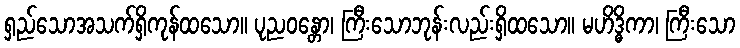
ရှည်သောအသက်ရှိကုန်ထသော။ ပုညဝန္တော၊ ကြီးသောဘုန်းလည်းရှိထသော။ မဟိဒ္ဓိကာ၊ ကြီးသော